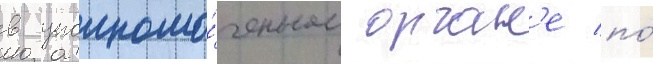
в уполномо́ченном орган'е по́